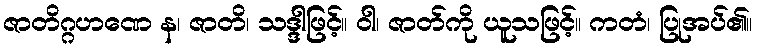
ဇာတိဂ္ဂဟဏေ န၊ ဇာတိ၊ သဒ္ဒါဖြင့်။ ဝါ၊ ဇာတ်ကို ယူသဖြင့်။ ကတံ၊ ပြုအပ်၏။